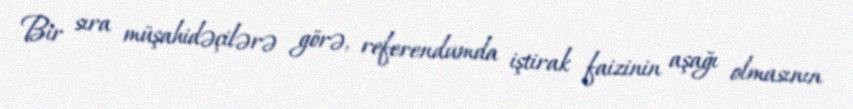
Bir sıra müşahidəçilərə görə, referendumda iştirak faizinin aşağı olmasının